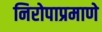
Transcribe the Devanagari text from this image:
निरोपाप्रमाणे